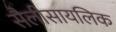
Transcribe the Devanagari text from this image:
सैलीसायलिक